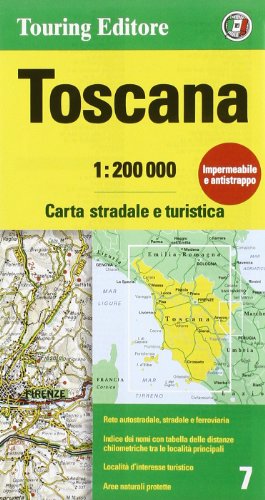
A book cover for Tuscany (English and Italian Edition); Touring Club Italiano; Travel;